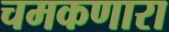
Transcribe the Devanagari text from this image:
चमकणारा